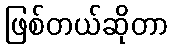
ဖြစ်တယ်ဆိုတာ